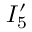
I _ { 5 } ^ { \prime }